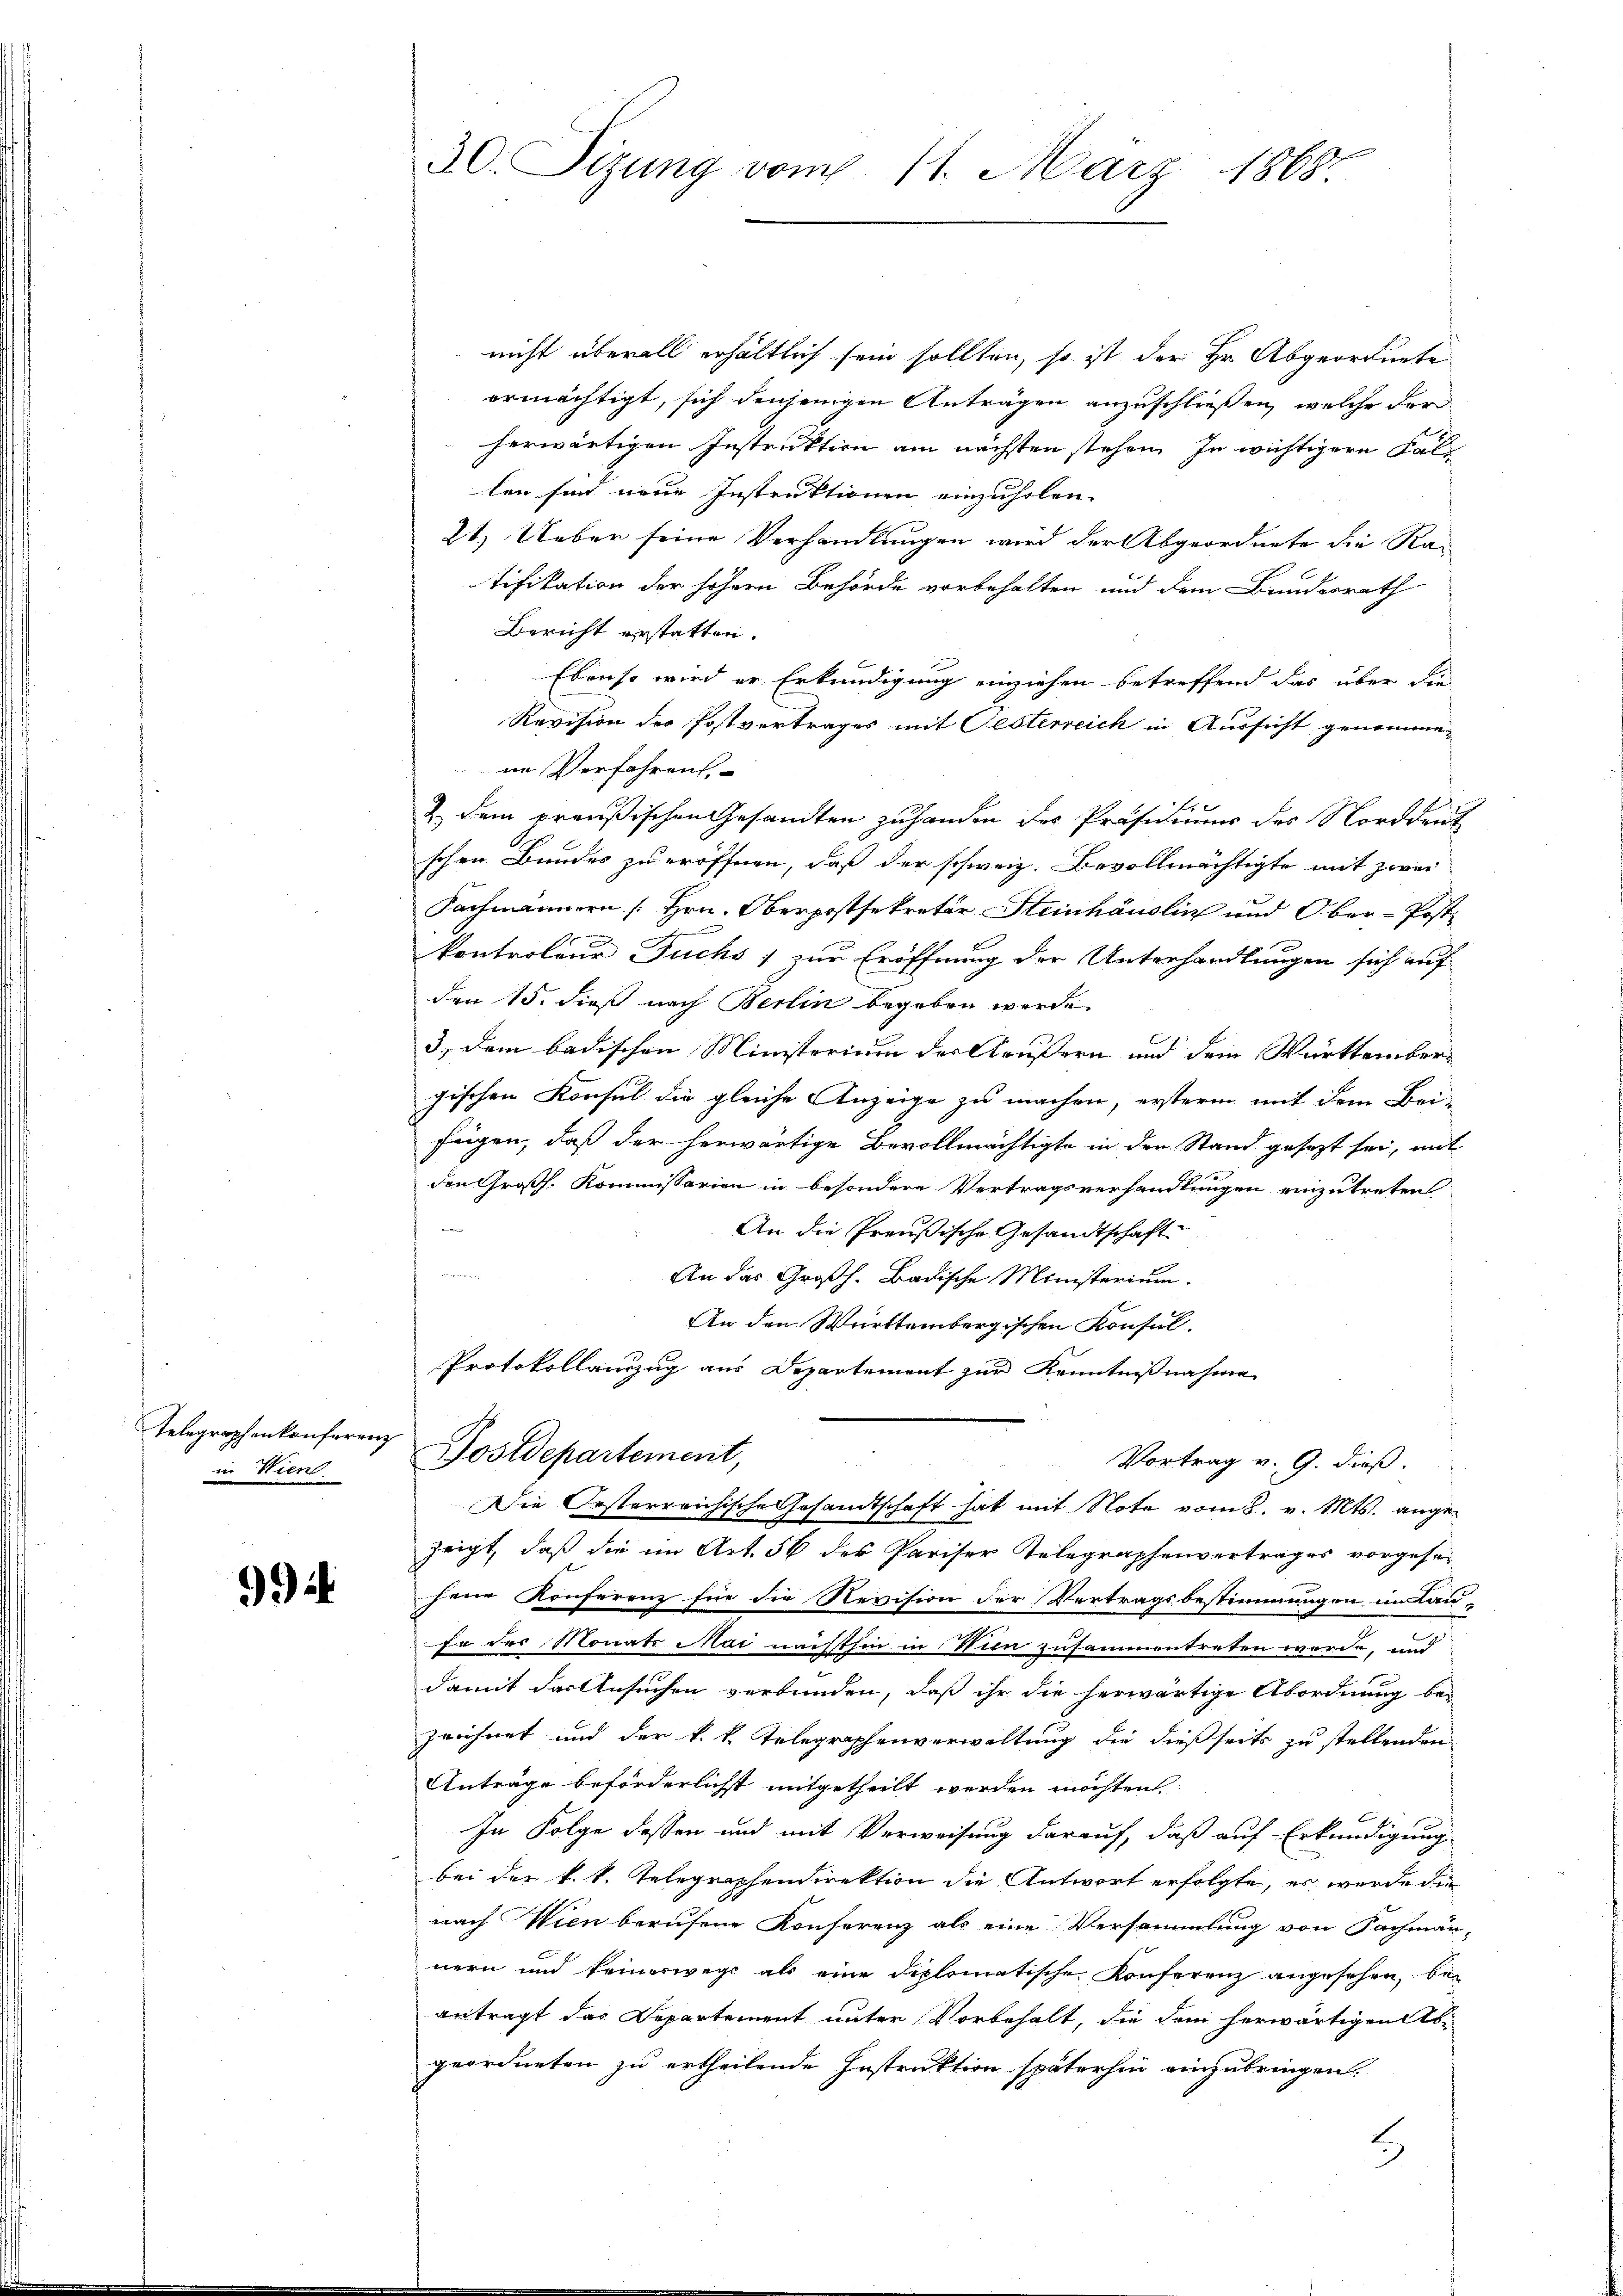
in Wien

9

30. Sizung vom 11. März 1868.

nicht überall erhältlich sein sollten, so ist der Hr. Abgeordnete
ermächtigt, sich denjenigen Anträgen anzuschließen, welche der
herwärtigen Instruktion am nächsten stehen. In wichtigere Fallen sind neue Instruktionen einzuholen. |
21.) Ueber seine Verhandlungen wird der Abgeordnete die Ratifikation der höhern Behörde vorbehalten und dem Bundesrath
Bericht erstatten.
Ebenso wird er Erkundigung einziehen betreffend das über die
Revision der Postvertrages mit Oesterreich in Aussicht genommeim Verfahrens
e
& dem preußischen Gesandten zu handen des Präsidiums der Norddeut
schen Bundes zu eröffnen, daß der schweiz. Bevollmächtigte mit zwei
Fachmännern [Hrn. Oberpostsekretär Steinhäuslin und Ober-Postkontroleur Fuchs zur Eröffnung der Unterhandlungen sich auf
den 15. dieß nach Berlin begeben werde
3.) Dem badischen Ministerium der Aeußern und dem Württembergischen Konsul die gleiche Anzeige zu machen, ersterm mit dem Bei-
frigen, daß der herwärtige Bevollmächtigte in der Stand gesezt sei, mit
den Großh. Kommissarien in besondere Vertragsverhandlungen einzutreten
An die Preußische Gesandtschaft

An das Großh. Badische Ministerium.
An den Württembergischen Konsul¬
Protokollauszug aus Departement zur Kenntnißnahme
Telegraphenkonferenz Postdepartement,
Vortrag v. 9. dieß

Die Oesterreichische Gesandtschaft hat mit Note vom 8. v. Mts. ange¬

zeigt, daß die im Art. 56 des Pariser Telegraphenvertrages vorgesesene Konferenz für die Revision der Vertragsbestimmungen im Lau-
Er der Monats Mai nachthin in Wien zusammentreten worde, und
damit das Ansuchen verbunden, daß ihr die herwärtige Abordnung be-
zeichnet und der k. k. Telegraphenverwaltung die dießseits zu stellenden
Anträge beförderlicht mitgetheilt werden möchten.
In Folge dessen und mit Verweisung darauf, daß auf Erkundigung
bei der k. k. Telegraphendirektion die Antwort erfolgte, es wurde die
nach Wien berufene Konferenz als eine Versammlung von Fachmän-
nern und keineswegs als eine diplomatische Konferenz angesehen, bei
antragt das Departement unter Vorbehalt, die dem herwärtigen Abgeordneten zu ertheilende Instruktion späterhin einzubringen.
)